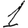
Digit: 1